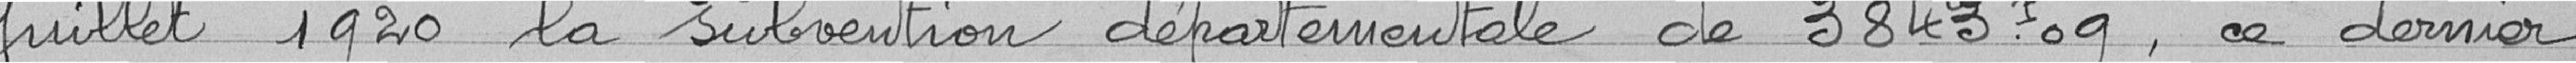
Juillet 1920 la subvention départementale de 3843.09, ce dernier